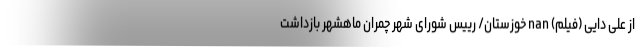
از علی دایی (فیلم) nan خوزستان/ رییس شورای شهر چمران ماهشهر بازداشت